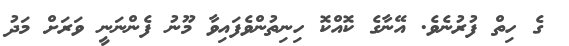
ގެ ހިތް ފުރުނެވެ. އޭނާގެ ކޮއްކޮ ހިނިތުންވެފައިވާ މޫނު ފެންނަނީ ވަރަށް މަދު